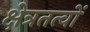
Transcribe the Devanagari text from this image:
क्षेत्रतत्वों